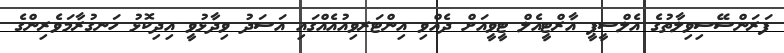
ފަރަންސޭސިވިލާތުގެ އެލްސީޕީ އާރްޓީއެލް ޓީވީއަށް ދެއްވި އިންޓަރވިއުއެއްގައި އަސަދު ވިދާޅުވީ އިދިކޮޅު ހަނގުރާމަވެރިންގެ